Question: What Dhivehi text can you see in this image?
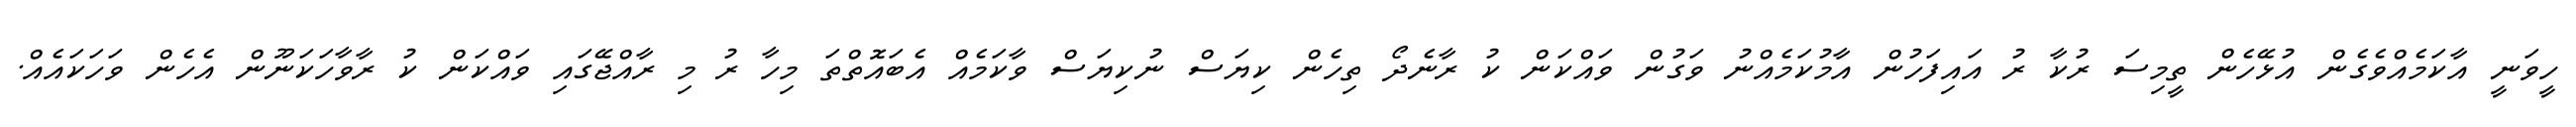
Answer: ހީވަނީ އާކަމެއްވެގެން އުޅޭހެން ތީމިސަ ރުކާ ރު އައިފަހުން އާމުކަމެއްނު ވަގުން ވައްކަން ކު ރާނެދޯ ތިހެން ކިޔަސް ނުކިޔަސް ވާކަމެއް އެބައޮތްތަ މިހާ ރު މި ރާއްޖޭގައި ވައްކަން ކު ރާވާހަކަނޫން އެހެން ވަހަކައެއް.